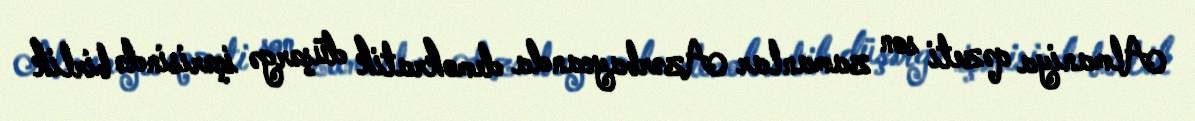
Almaniya qəzeti son zamanlar Azərbaycanda demokratik düşərgə içərisində birlik